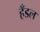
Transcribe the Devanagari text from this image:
हँडल